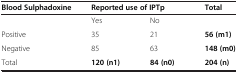
<table><thead><tr><td><b>Blood Sulphadoxine</b></td><td colspan="2"><b>Reported use of IPTp</b></td><td><b>Total</b></td></tr></thead><tbody><tr><td> </td><td>Yes</td><td>No</td><td> </td></tr><tr><td>Positive</td><td>35</td><td>21</td><td><b>56 (m1)</b></td></tr><tr><td>Negative</td><td>85</td><td>63</td><td><b>148 (m0)</b></td></tr><tr><td>Total</td><td><b>120 (n1)</b></td><td><b>84 (n0)</b></td><td><b>204 (n)</b></td></tr></tbody></table>